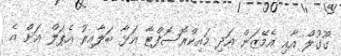
ގޫގުލް އާއި އެމޭޒަން އަދި މައިކްރޮސޮފްޓާ އަޅާ ބަލާއިރު އެޕަލް އަށް އެ